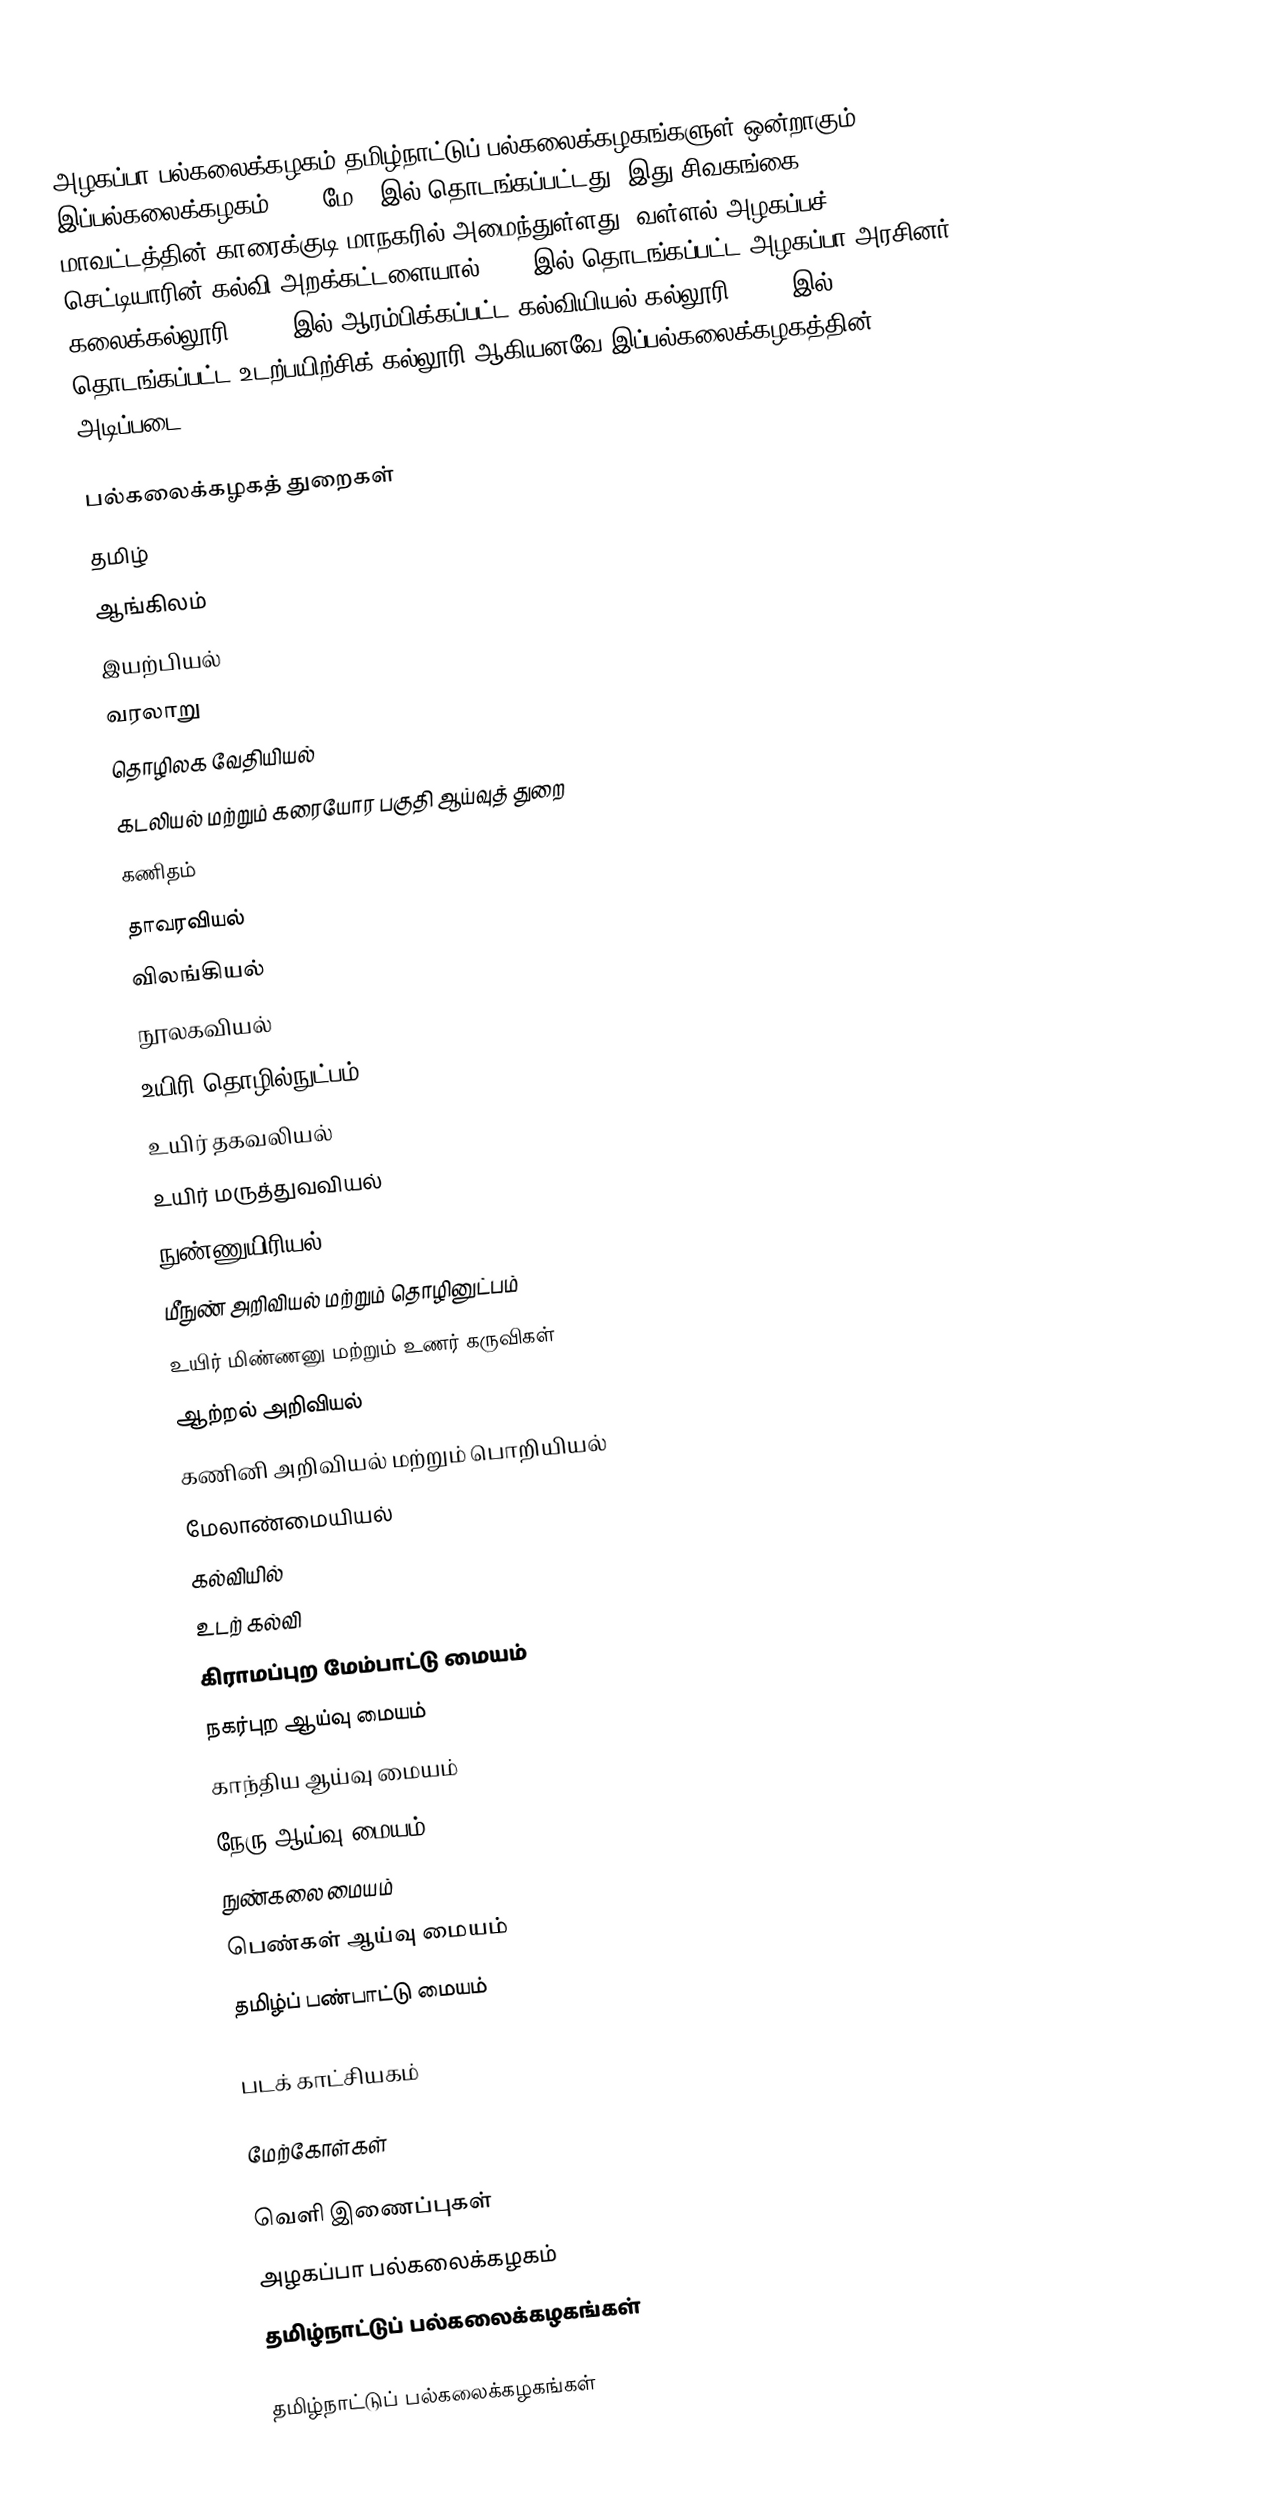
அழகப்பா பல்கலைக்கழகம் தமிழ்நாட்டுப் பல்கலைக்கழகங்களுள் ஒன்றாகும். இப்பல்கலைக்கழகம் 1985 மே 9 இல் தொடங்கப்பட்டது. இது சிவகங்கை மாவட்டத்தின் காரைக்குடி மாநகரில்  அமைந்துள்ளது. வள்ளல் அழகப்பச் செட்டியாரின் கல்வி அறக்கட்டளையால் 1947 இல் தொடங்கப்பட்ட அழகப்பா அரசினர் கலைக்கல்லூரி, 1950 இல் ஆரம்பிக்கப்பட்ட கல்வியியல் கல்லூரி, 1956 இல் தொடங்கப்பட்ட உடற்பயிற்சிக் கல்லூரி ஆகியனவே இப்பல்கலைக்கழகத்தின் அடிப்படை.

பல்கலைக்கழகத் துறைகள்
 தமிழ்
 ஆங்கிலம்
 இயற்பியல்
 வரலாறு
 தொழிலக வேதியியல்
 கடலியல் மற்றும் கரையோர பகுதி ஆய்வுத் துறை
 கணிதம்
 தாவரவியல்
 விலங்கியல்
 நூலகவியல்
 உயிரி தொழில்நுட்பம்
 உயிர் தகவலியல்
 உயிர் மருத்துவவியல்
 நுண்ணுயிரியல்
 மீநுண் அறிவியல் மற்றும் தொழினுட்பம்
 உயிர் மிண்ணனு மற்றும் உணர் கருவிகள்
 ஆற்றல் அறிவியல்
 கணினி அறிவியல் மற்றும் பொறியியல்
 மேலாண்மையியல்
 கல்வியில்
 உடற் கல்வி
 கிராமப்புற மேம்பாட்டு மையம்
 நகர்புற ஆய்வு மையம்
 காந்திய ஆய்வு மையம்
 நேரு ஆய்வு மையம்
 நுண்கலை மையம்
 பெண்கள் ஆய்வு மையம்
தமிழ்ப் பண்பாட்டு மையம்

படக் காட்சியகம்

மேற்கோள்கள்

வெளி இணைப்புகள்
 அழகப்பா பல்கலைக்கழகம்
 தமிழ்நாட்டுப் பல்கலைக்கழகங்கள்

தமிழ்நாட்டுப் பல்கலைக்கழகங்கள்